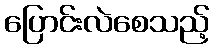
ပြောင်းလဲစေသည့်